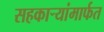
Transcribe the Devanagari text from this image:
सहकाऱ्यांमार्फत